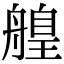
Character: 𦪄